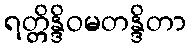
ရတ္တိန္ဒိဝမတန္ဒိတာ